Burma Government Medical School reports 1923-41
Year: 1923
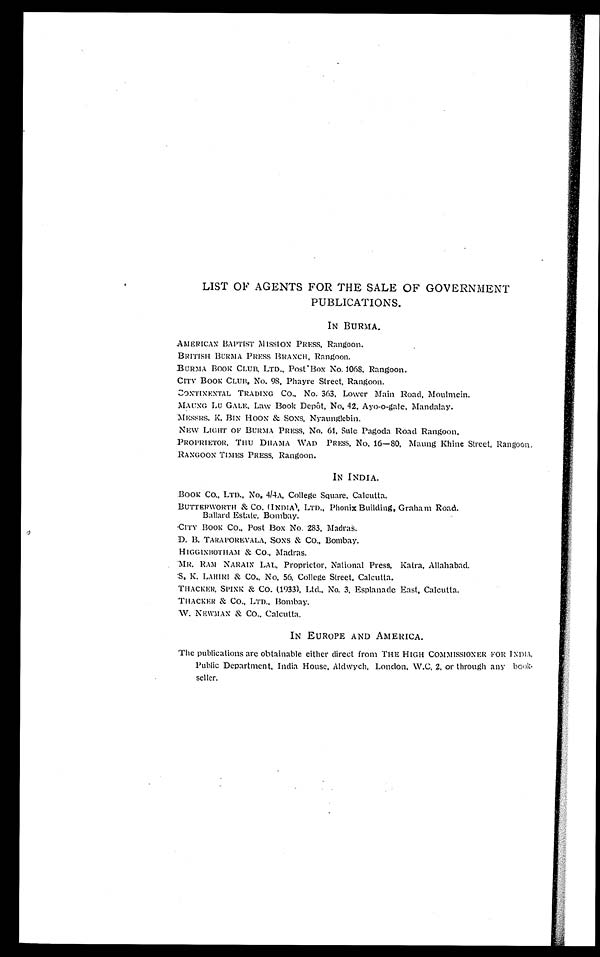
LIST OF AGENTS FOR THE SALE OF GOVERNMENT
PUBLICATIONS.
IN BURMA,
AMERICAN BAPTIST MISSION PRESS, Rangoon.
BRITISH BURMA PRESS BRANCH, Rangoon.
BURMA BOOK CLUB, LTD., Post Box No. 1068, Rangoon.
CITY BOOK CLUB, No. 98, Phayre Street, Rangoon.
CONTINENTAL TRADING Co., No. 363, Lower Main Road, Moulmein.
MAUNG
LU GALE. Law Book Depôt, No. 42, Ayo-o-gale. Mandalay.
MESSRS. K. BIN HOON & SONS, Nyaunglebin.
NEW LIGHT OF BURMA PRESS, No. 61, Su le Pagoda Road Rangoon.
PROPRIETOR, THU DHAMA WAD PRESS, No. 16—80, Maung Khine Street, Rangoon.
RANGOON TIMES PRESS, Rangoon.
IN INDIA.
BOOK CO., LTD., No. 4/4A, College Square, Calcutta.
BUTTERWORTH & Co. (INDIA), LTD., Phonix Building, Graham Road.
Ballard Estate, Bombay.
CITY BOOK CO., Post Box No. 283, Madras.
D. B. TARAPOREVALA, SONS & CO., Bombay.
HIGGINBOTHAM & Co., Madras.
'MR. RAM NARAIN LAL, Proprietor, National Press, Katra, Allahabad.
S. K. LAHIRI &
Co., No. 56, College Street, Calcutta.
THACKER, SPINK & Co. (1933), Ltd., No. 3, Esplanade East, Calcutta.
THACKER & Co., LTD., Bombay.
W. NEWMAN & CO., Calcutta.
IN EUROPE AND AMERICA.
The publications are obtainable either direct from THE HIGH COMMISSIONER FOR INDIA,
Public Department, India House, Aldwych, London, W.C, 2, or through any book
seller.